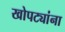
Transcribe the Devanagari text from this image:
खोपट्यांना